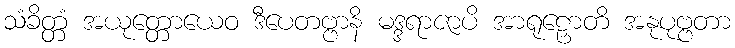
သံခိတ္တံ အယုတ္တောယေဝ ဒီပေတဗ္ဗာနိ မဒ္ဒရာဇာပိ အာရုဠှောတိ အနုပုဗ္ဗတာ